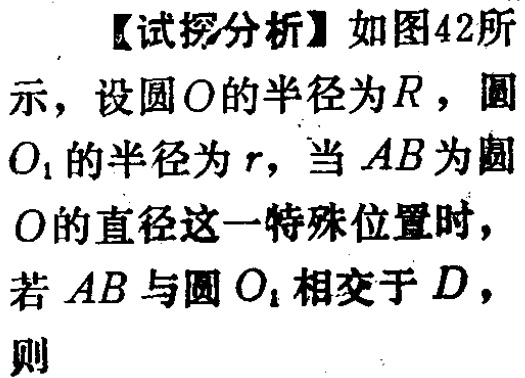
【试探分析】如图42所示，设圆\(O\)的半径为\(R\)，圆\(O_{1}\)的半径为\(r\)，当\(AB\)为圆\(O\)的直径这一特殊位置时，若\(AB\)与圆\(O_{1}\)相交于\(D\)，则